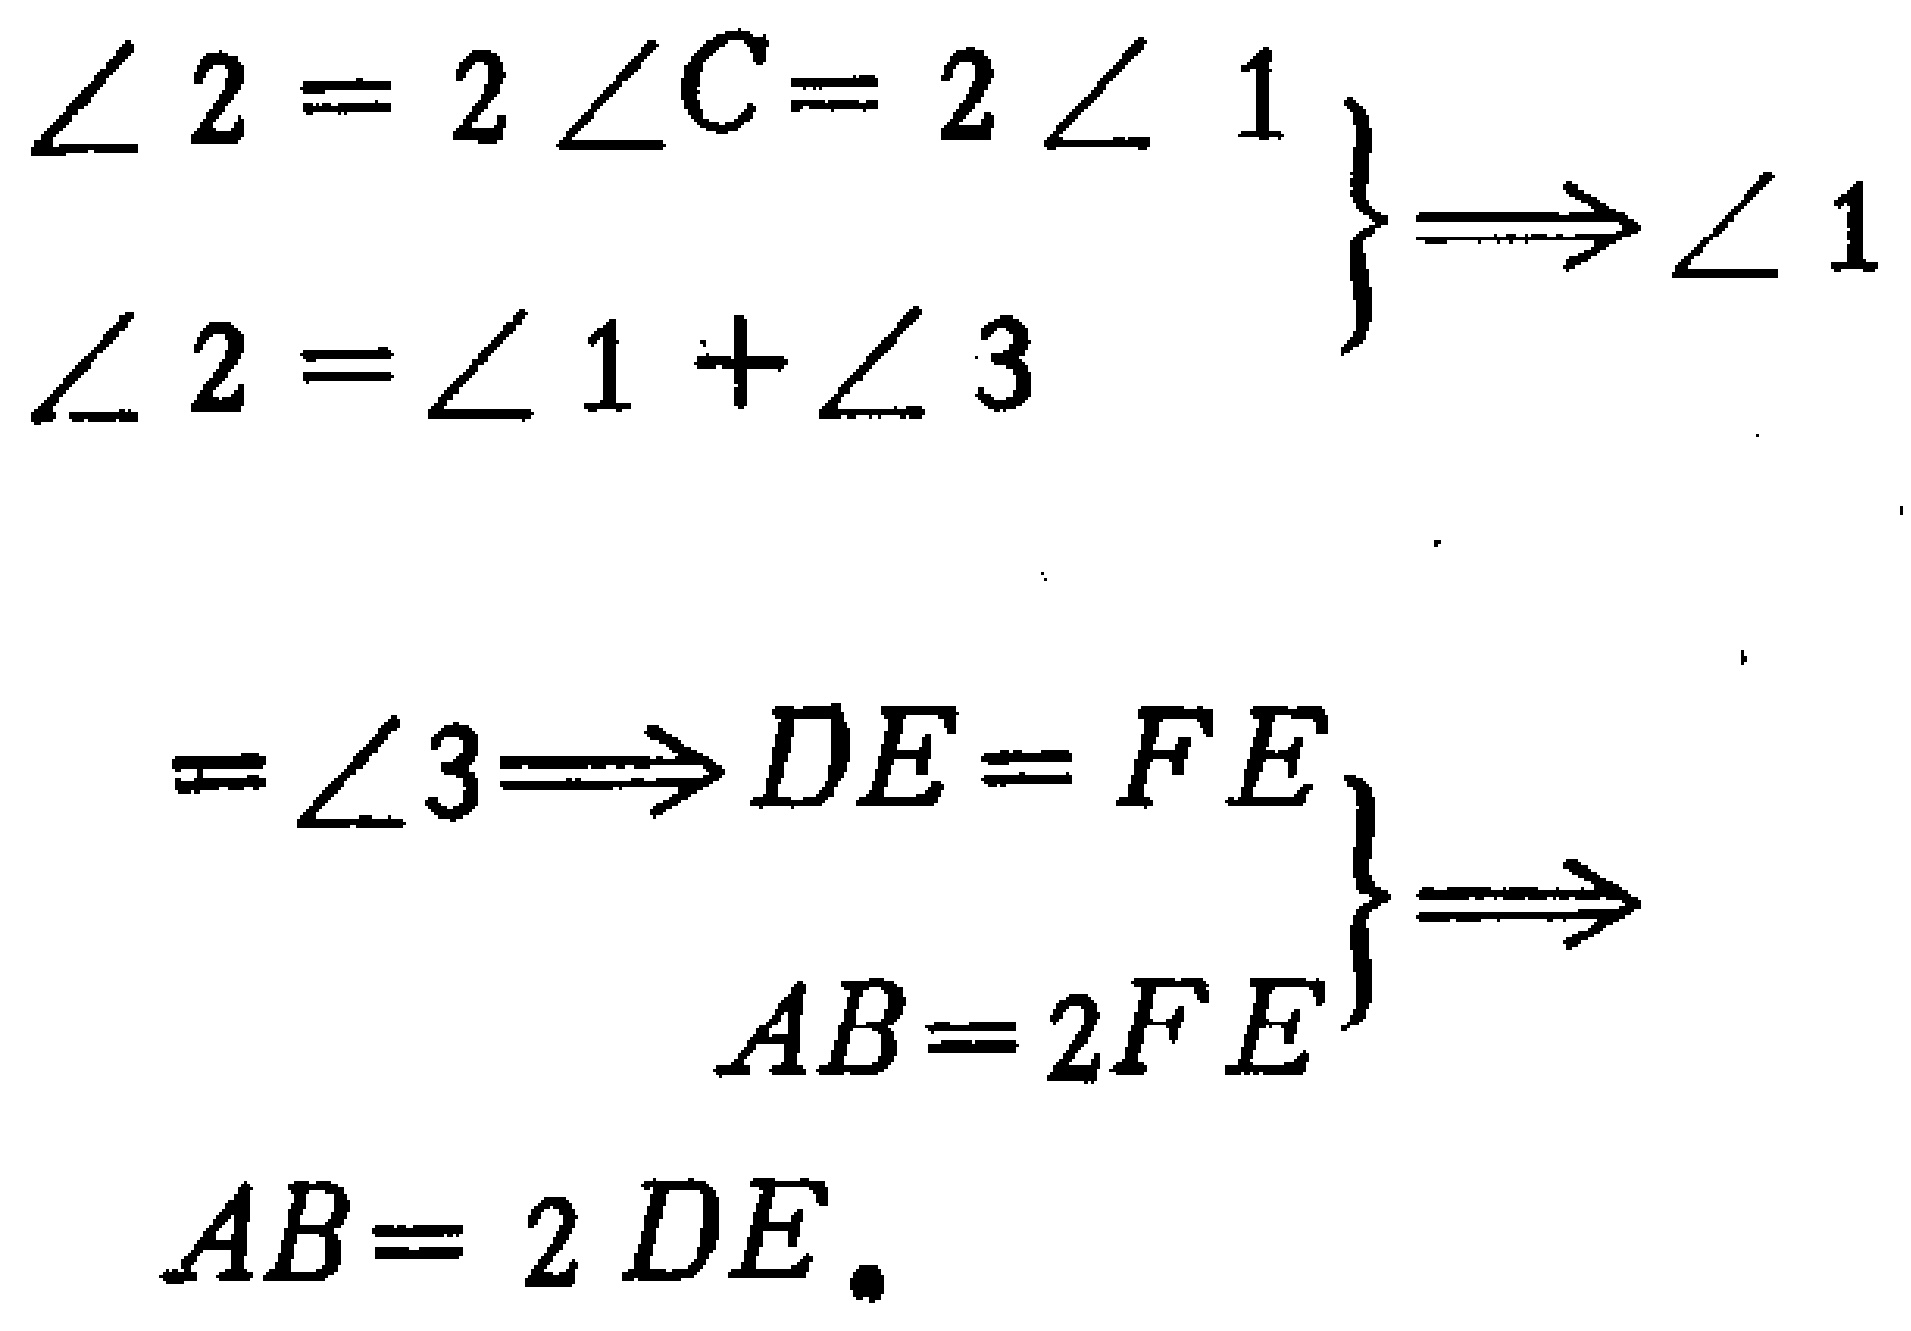
\[

\begin{align*}

\left.\begin{array}{l}

\angle 2 = 2\angle C = 2\angle 1\\

\angle 2=\angle 1+\angle 3

\end{array}\right\} &\Longrightarrow \angle 1\\

\left.\begin{array}{l}

=\angle 3\Longrightarrow DE = FE\\

AB = 2FE

\end{array}\right\} &\Longrightarrow\\

AB&= 2DE.

\end{align*}

\]